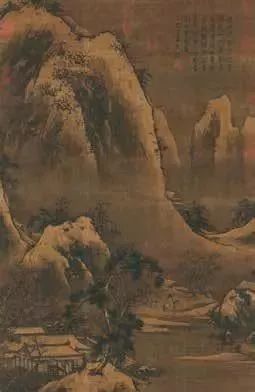
雪中何以赠君别，惟有青青松树枝。